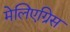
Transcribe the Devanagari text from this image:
मेलिएग्रिस